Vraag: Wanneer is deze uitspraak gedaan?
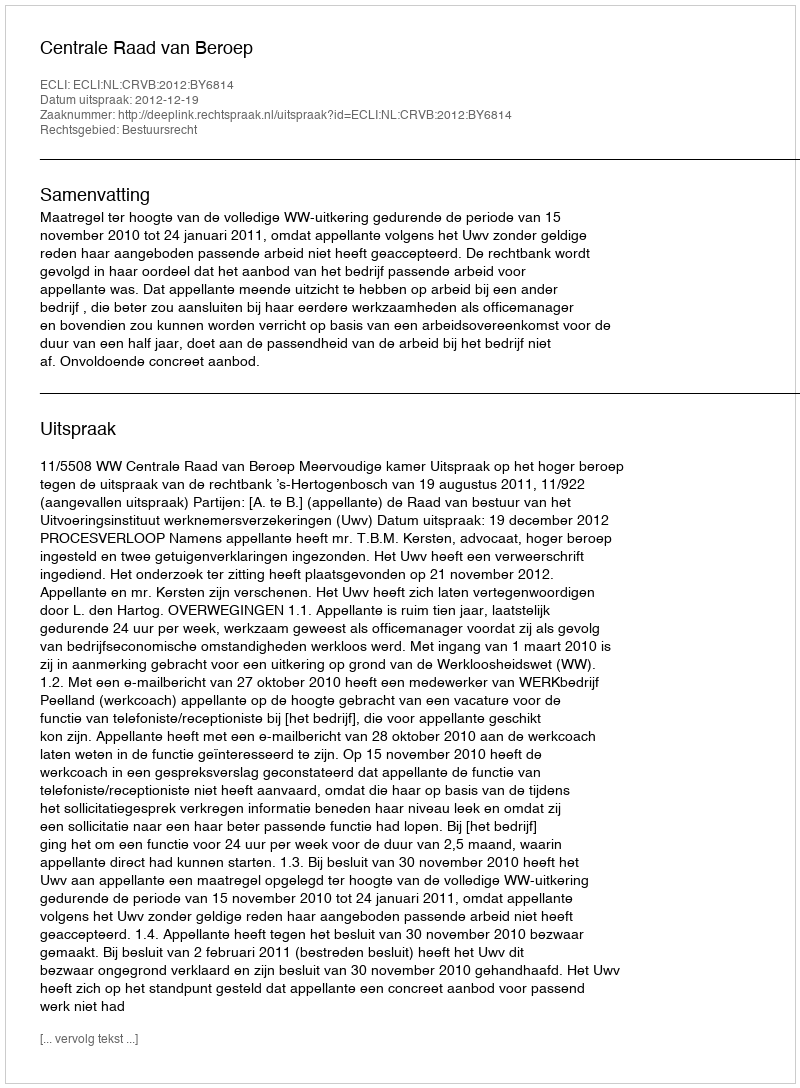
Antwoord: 2012-12-19